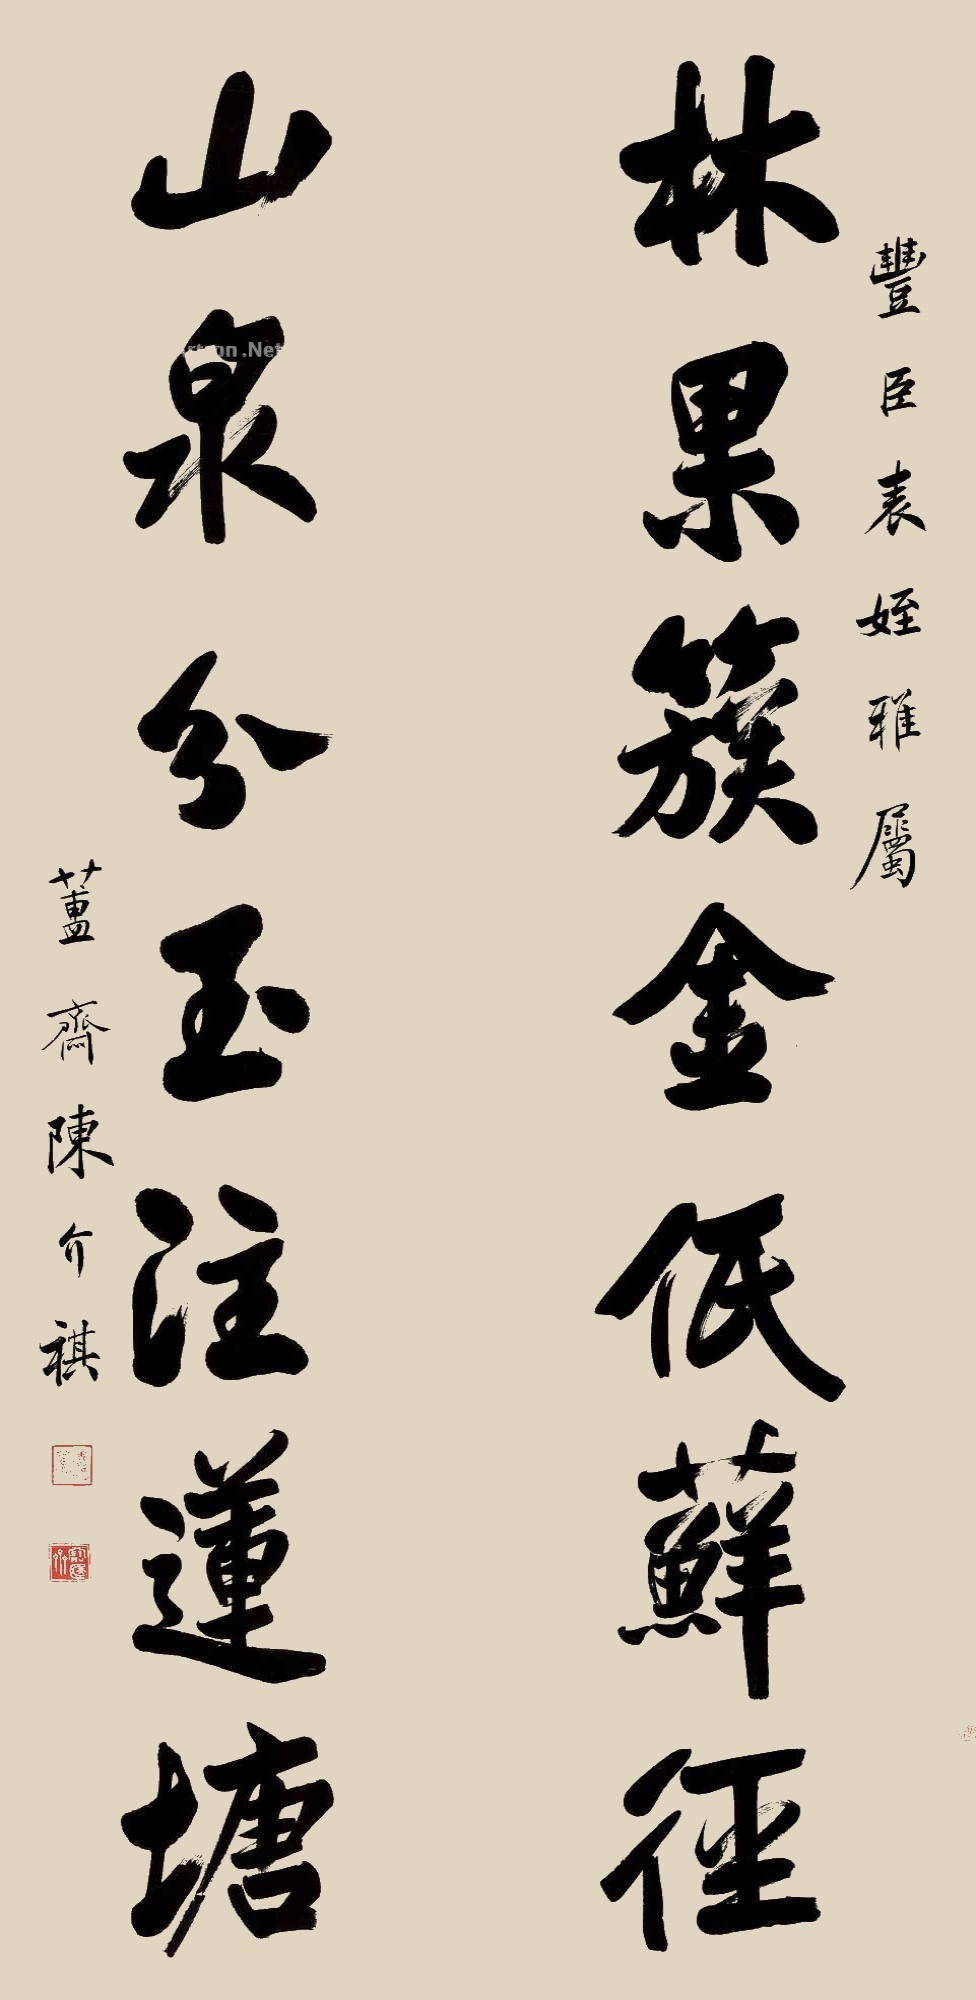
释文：林果簇金低藓径，山泉分玉注莲塘。丰臣表侄雅属，簠斋陈介祺。